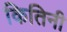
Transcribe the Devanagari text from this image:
कितिनी